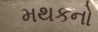
મથકનો